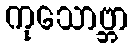
ကုသောဗ္ဘာ